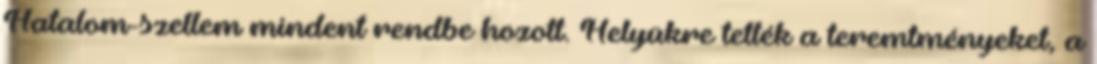
Hatalom-szellem mindent rendbe hozott. Helyükre tették a teremtményeket, a